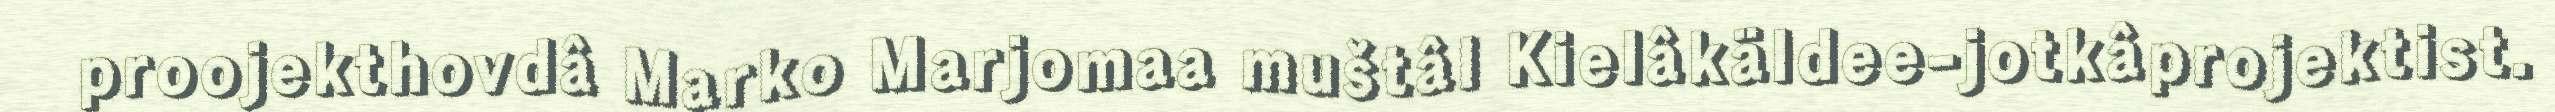
proojekthovdâ Marko Marjomaa muštâl Kielâkäldee-jotkâprojektist.